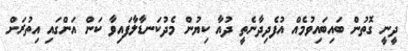
ދީނީ ގޮތުން ބައިބައިވުމެއް އުފެދިދާނެތީ ދުއާ ކިޔުން މެދުކަނޑާލާފައިވާ ކަން އަންގައި އިތުރަށް